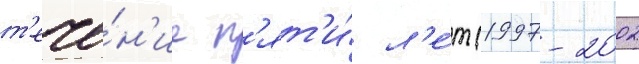
т'ече́н'ие п'ят'и́ л'е́т (1997-2002